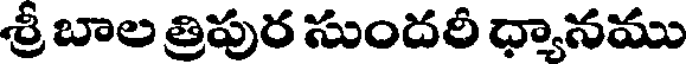
శ్రీ బాల త్రిపుర సుందరీ ధ్యానము